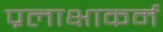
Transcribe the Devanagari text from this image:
प्रलाक्षाकर्म